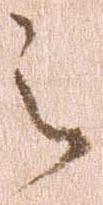
之